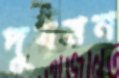
দুষমন